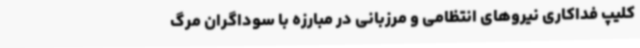
کلیپ فداکاری‌ نیروهای انتظامی و مرزبانی در مبارزه با سوداگران مرگ